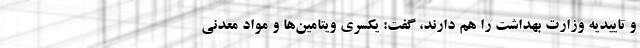
و تاییدیه وزارت بهداشت را هم دارند، گفت: یکسری ویتامین‌ها و مواد معدنی